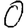
Digit: 0